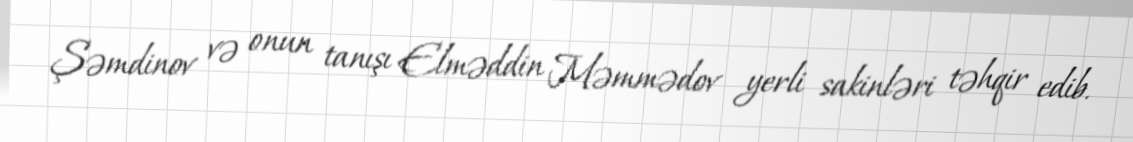
Şəmdinov və onun tanışı Elməddin Məmmədov yerli sakinləri təhqir edib.